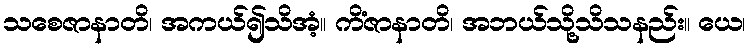
သစေဇာနာတိ၊ အကယ်၍သိအံ့။ ကိံဇာနာတိ၊ အဘယ်သို့သိသနည်း။ ယေ၊